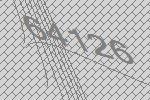
64126